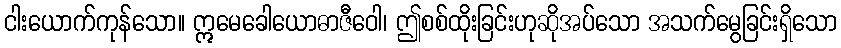
ငါးယောက်ကုန်သော။ ဣမေခေါယောဓာဇီဝေါ၊ ဤစစ်ထိုးခြင်းဟုဆိုအပ်သော အသက်မွေခြင်းရှိသော